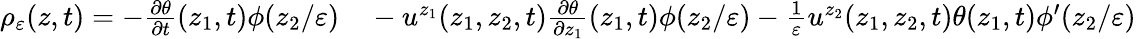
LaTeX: \begin{array}{rl}{\rho_{\varepsilon}(z,t)=-\frac{\partial\theta}{\partial t}(z_{1},t)\phi(z_{2}/\varepsilon)}&{{}-u^{z_{1}}(z_{1},z_{2},t)\frac{\partial\theta}{\partial z_{1}}(z_{1},t)\phi(z_{2}/\varepsilon)-\frac{1}{\varepsilon}u^{z_{2}}(z_{1},z_{2},t)\theta(z_{1},t)\phi^{\prime}(z_{2}/\varepsilon)}\end{array}